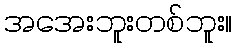
အအေးဘူးတစ်ဘူး။